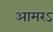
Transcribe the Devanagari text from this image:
आमरऽ